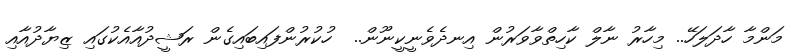
މަންމާ ހާދަލަހޭ.. މިހާރު ނާލް ކާހިތްވާވަރުން އިނދެވެނީކީނޫން..  ހުކުރުންފައިބައިގެން ރަޝީދުއާއެކުގައި ޒިޔާދުއާއި